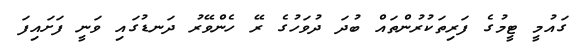
ގައުމީ ޓީމުގެ ފަރިތަކުރުންތައް ބުދަ ދުވަހުގެ ރޭ ހެންވޭރު ދަނޑުގައި ވަނީ ފަށައިފަ